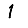
Digit: 1